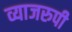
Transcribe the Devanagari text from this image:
व्याजरुपी